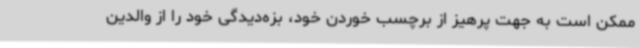
ممکن است به جهت پرهیز از برچسب خوردن خود، بزه‌دیدگی خود را از والدین